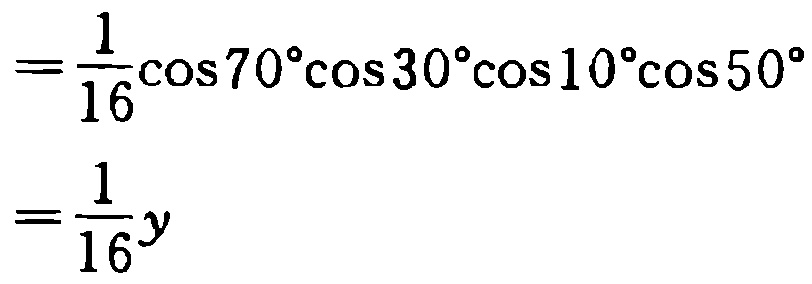
\[
\begin{align*}
&=\frac{1}{16}\cos70^{\circ}\cos30^{\circ}\cos10^{\circ}\cos50^{\circ}\\
&=\frac{1}{16}y
\end{align*}
\]